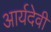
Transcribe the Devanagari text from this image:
आर्यदेवी